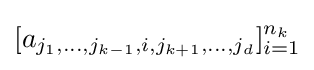
[a_{j_{1},\ldots ,j_{k-1},i,j_{k+1},\ldots ,j_{d}}]_{i=1}^{n_{k}}